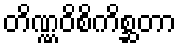
တိဏ္ဏဝိစိကိစ္ဆတာ